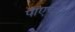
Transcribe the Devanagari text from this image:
पीएचसी